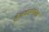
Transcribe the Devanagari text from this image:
हेलकाव्यांसह